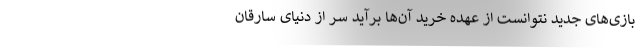
بازی‌های جدید نتوانست از عهده خرید آن‌ها برآید سر از دنیای سارقان